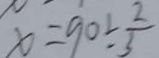
x = 9 0 \div \frac { 2 } { 3 }